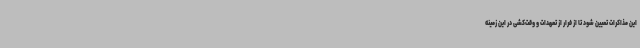
این مذاکرات تعیین شود تا از فرار از تعهدات و وقت‌کشی در این زمینه